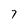
Character: 7